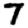
Digit: 7